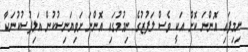
ނިމިފައި އޮންނަ ކޮށް އަކީ ވެސް ލަފުޒުގެ ނިމުމުގައި އޮންނަ ށަވިޔަނިސުކުން އަލިފުސުކުނަކާ